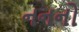
નનનો